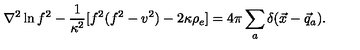
\nabla ^ { 2 } \ln f ^ { 2 } - \frac { 1 } { \kappa ^ { 2 } } [ f ^ { 2 } ( f ^ { 2 } - v ^ { 2 } ) - 2 \kappa \rho _ { e } ] = 4 \pi \sum _ { a } \delta ( \vec { x } - \vec { q } _ { a } ) .